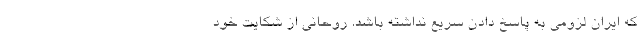
که ایران لزومی به پاسخ دادن سریع نداشته باشد. روحانی از شکایت خود